Civil Veterinary Department ledger series I-VI
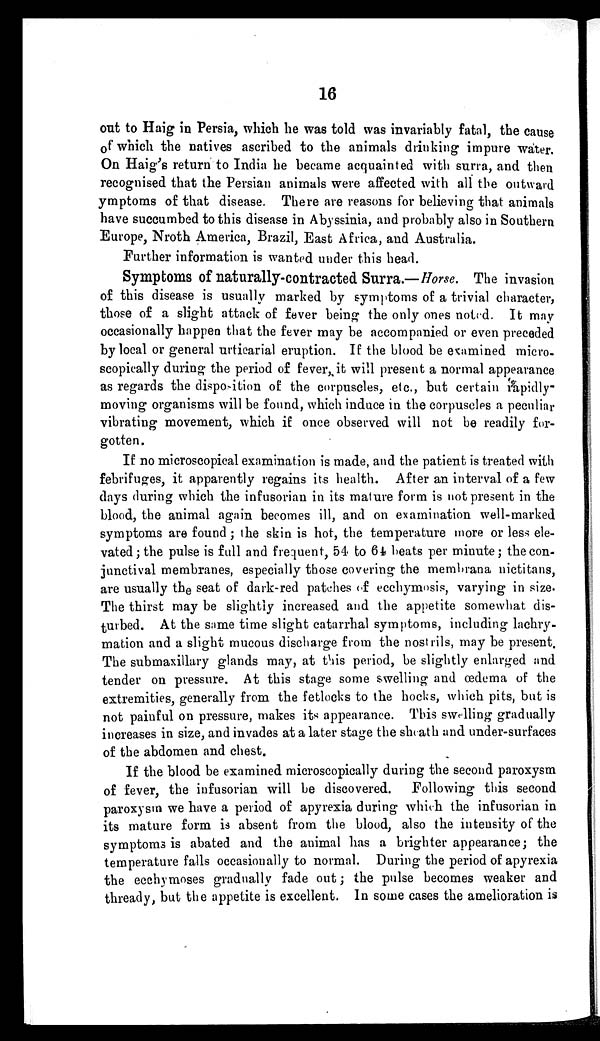
16
out to Haig in Persia, which he was told was invariably fatal, the cause
of which the natives ascribed to the animals drinking impure water.
On Haig's return to India he became acquainted with surra, and then
recognised that the Persian animals were affected with all the outward
ymptoms of that disease. There are reasons for believing that animals
have succumbed to this disease in Abyssinia, and probably also in Southern
Europe, Nroth America, Brazil, East Africa, and Australia.
Further information is wanted under this head.
Symptoms of naturally-contracted Surra.—Horse. The invasion
of this disease is usually marked by symptoms of a trivial character,
those of a slight attack of fever being the only ones noted. It may
occasionally happen that the fever may be accompanied or even preceded
by local or general urticarial eruption. If the blood be examined micro-
scopically during the period of fever, it will present a normal appearance
as regards the disposition of the corpuscles, etc., but certain rapidly-
moving organisms will be found, which induce in the corpuscles a peculiar
vibrating movement, which if once observed will not be readily for-
gotten.
If no microscopical examination is made, and the patient is treated with
febrifuges, it apparently regains its health. After an interval of a few
days during which the infusorian in its mature form is not present in the
blood, the animal again becomes ill, and on examination well-marked
symptoms are found; the skin is hot, the temperature more or less ele-
vated; the pulse is full and frequent, 54 to 64 beats per minute; the con-
junctival membranes, especially those covering the membrana nictitans,
are usually the seat of dark-red patches of ecchymosis, varying in size.
The thirst may be slightly increased and the appetite somewhat dis-
turbed. At the same time slight catarrhal symptoms, including lachry-
mation and a slight mucous discharge from the nostrils, may be present.
The submaxillary glands may, at this period, be slightly enlarged and
tender on pressure. At this stage some swelling and œdema of the
extremities, generally from the fetlocks to the hocks, which pits, but is
not painful on pressure, makes its appearance. This swelling gradually
increases in size, and invades at a later stage the sheath and under-surfaces
of the abdomen and chest.
If the blood be examined microscopically during the second paroxysm
of fever, the infusorian will be discovered. Following this second
paroxysm we have a period of apyrexia during which the infusorian in
its mature form is absent from the blood, also the intensity of the
symptoms is abated and the animal has a brighter appearance; the
temperature falls occasionally to normal. During the period of apyrexia
the ecchymoses gradually fade out; the pulse becomes weaker and
thready, but the appetite is excellent. In some cases the amelioration is